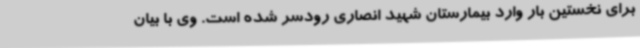
برای نخستین بار وارد بیمارستان شهید انصاری رودسر شده است. وی با بیان